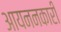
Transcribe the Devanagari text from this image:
आयननकारी